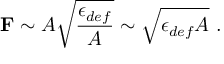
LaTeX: { \bf F } \sim A \sqrt { \frac { \epsilon _ { d e f } } { A } } \sim \sqrt { \epsilon _ { d e f } A } ~ .